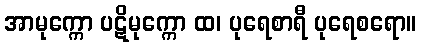
အာမုက္ကော ပဋိမုက္ကော ထ၊ ပုရေစာရီ ပုရေစရော။